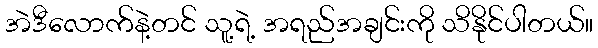
အဲဒီလောက်နဲ့တင် သူ့ရဲ့ အရည်အချင်းကို သိနိုင်ပါတယ်။